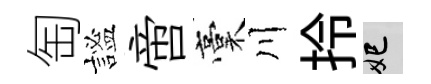
匋謐啻稾川拎妃